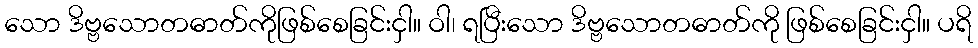
သော ဒိဗ္ဗသောတဓာတ်ကိုဖြစ်စေခြင်းငှါ။ ဝါ၊ ရပြီးသော ဒိဗ္ဗသောတဓာတ်ကို ဖြစ်စေခြင်းငှါ။ ပရိ